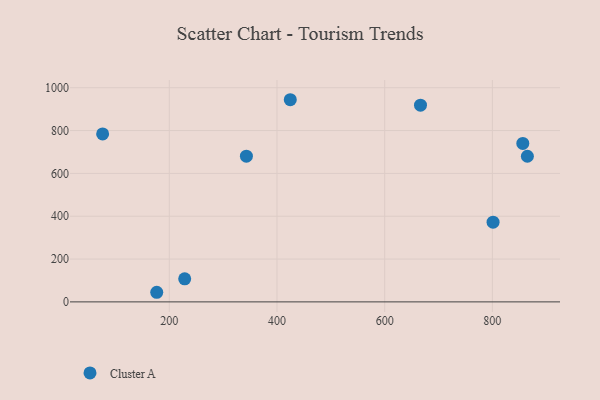
{"axis": {"x": "Study Hours", "y": "Yield"}, "legend": ["Cluster A"], "data": [{"x": "76.2", "y": 784.4, "type": "Cluster A"}, {"x": "856.5", "y": 740.0, "type": "Cluster A"}, {"x": "343.2", "y": 680.4, "type": "Cluster A"}, {"x": "801.3", "y": 372.4, "type": "Cluster A"}, {"x": "228.6", "y": 107.7, "type": "Cluster A"}, {"x": "424.7", "y": 944.0, "type": "Cluster A"}, {"x": "865.0", "y": 680.1, "type": "Cluster A"}, {"x": "666.5", "y": 918.7, "type": "Cluster A"}, {"x": "176.7", "y": 44.9, "type": "Cluster A"}]}